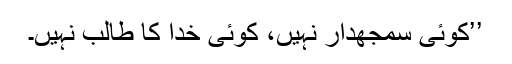
’’کوئی سمجھدار نہیں، کوئی خدا کا طالب نہیں۔